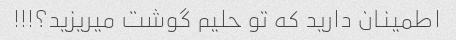
اطمینان دارید که تو حلیم گوشت میریزید؟!!!